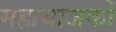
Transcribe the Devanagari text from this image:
महायाजकों